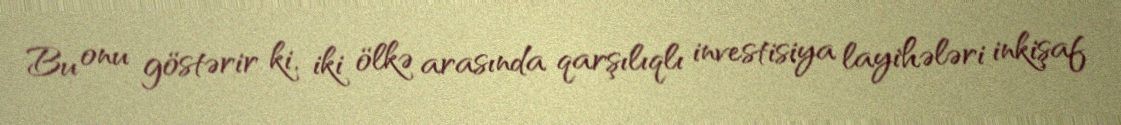
Bu onu göstərir ki, iki ölkə arasında qarşılıqlı investisiya layihələri inkişaf